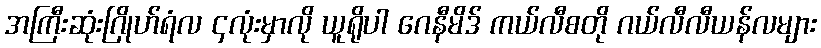
အကြီးဆုံးဂြိုဟ်ရံလ ၄လုံးမှာလို ယူရိုပါ ဂေနီမိဒ် ကယ်လီစတို ဂယ်လီလီယန်လများ